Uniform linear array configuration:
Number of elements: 12
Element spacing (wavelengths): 0.75
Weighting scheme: blackman
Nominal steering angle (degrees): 45
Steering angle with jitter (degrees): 44.698
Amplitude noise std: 0.05
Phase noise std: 0.05

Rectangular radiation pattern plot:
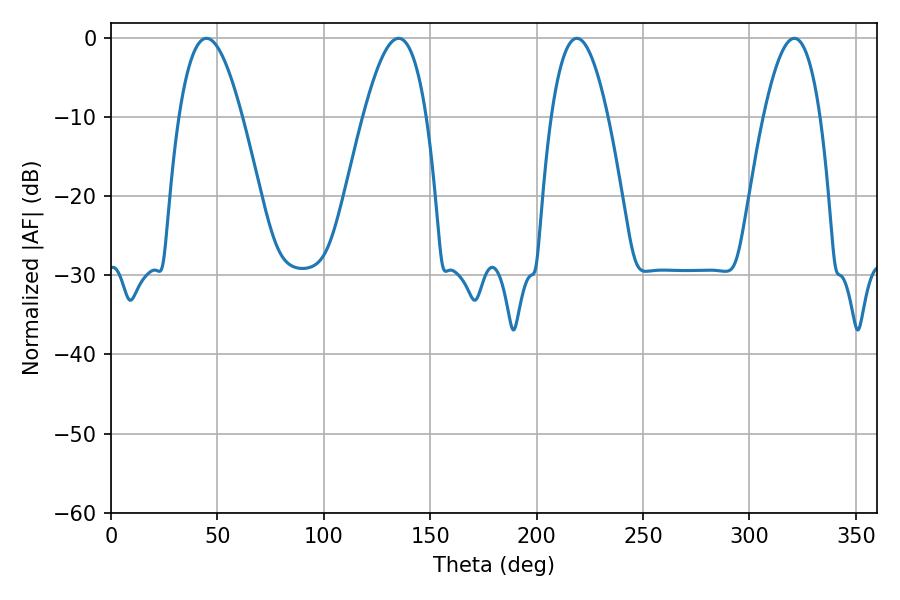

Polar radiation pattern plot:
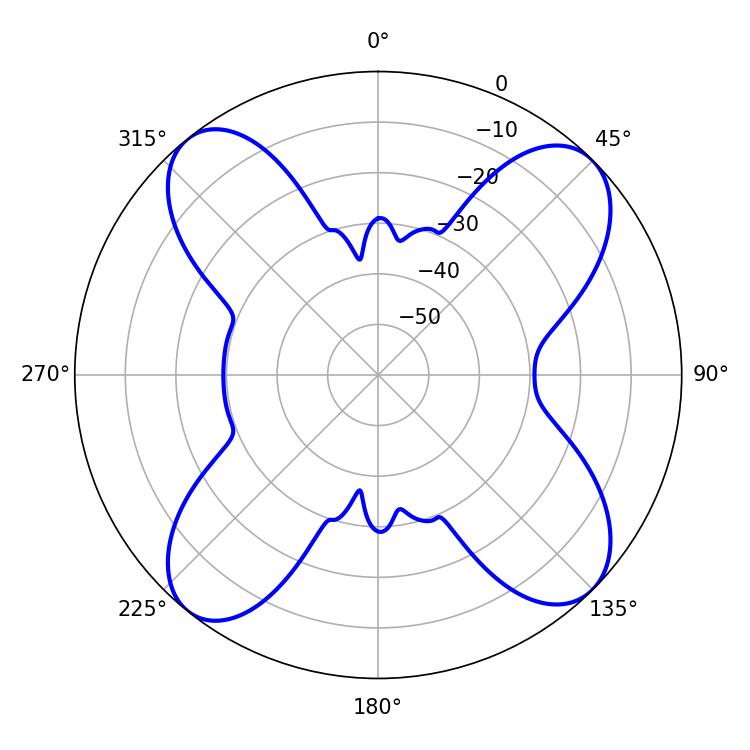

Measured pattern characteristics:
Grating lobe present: TRUE
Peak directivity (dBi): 13.567
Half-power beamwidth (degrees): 14.58
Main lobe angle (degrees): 218.88